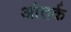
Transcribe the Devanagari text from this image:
आंतर्क